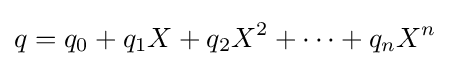
q=q_{0}+q_{1}X+q_{2}X^{2}+\cdots +q_{n}X^{n}